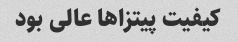
کیفیت پیتزا‌ها عالی بود